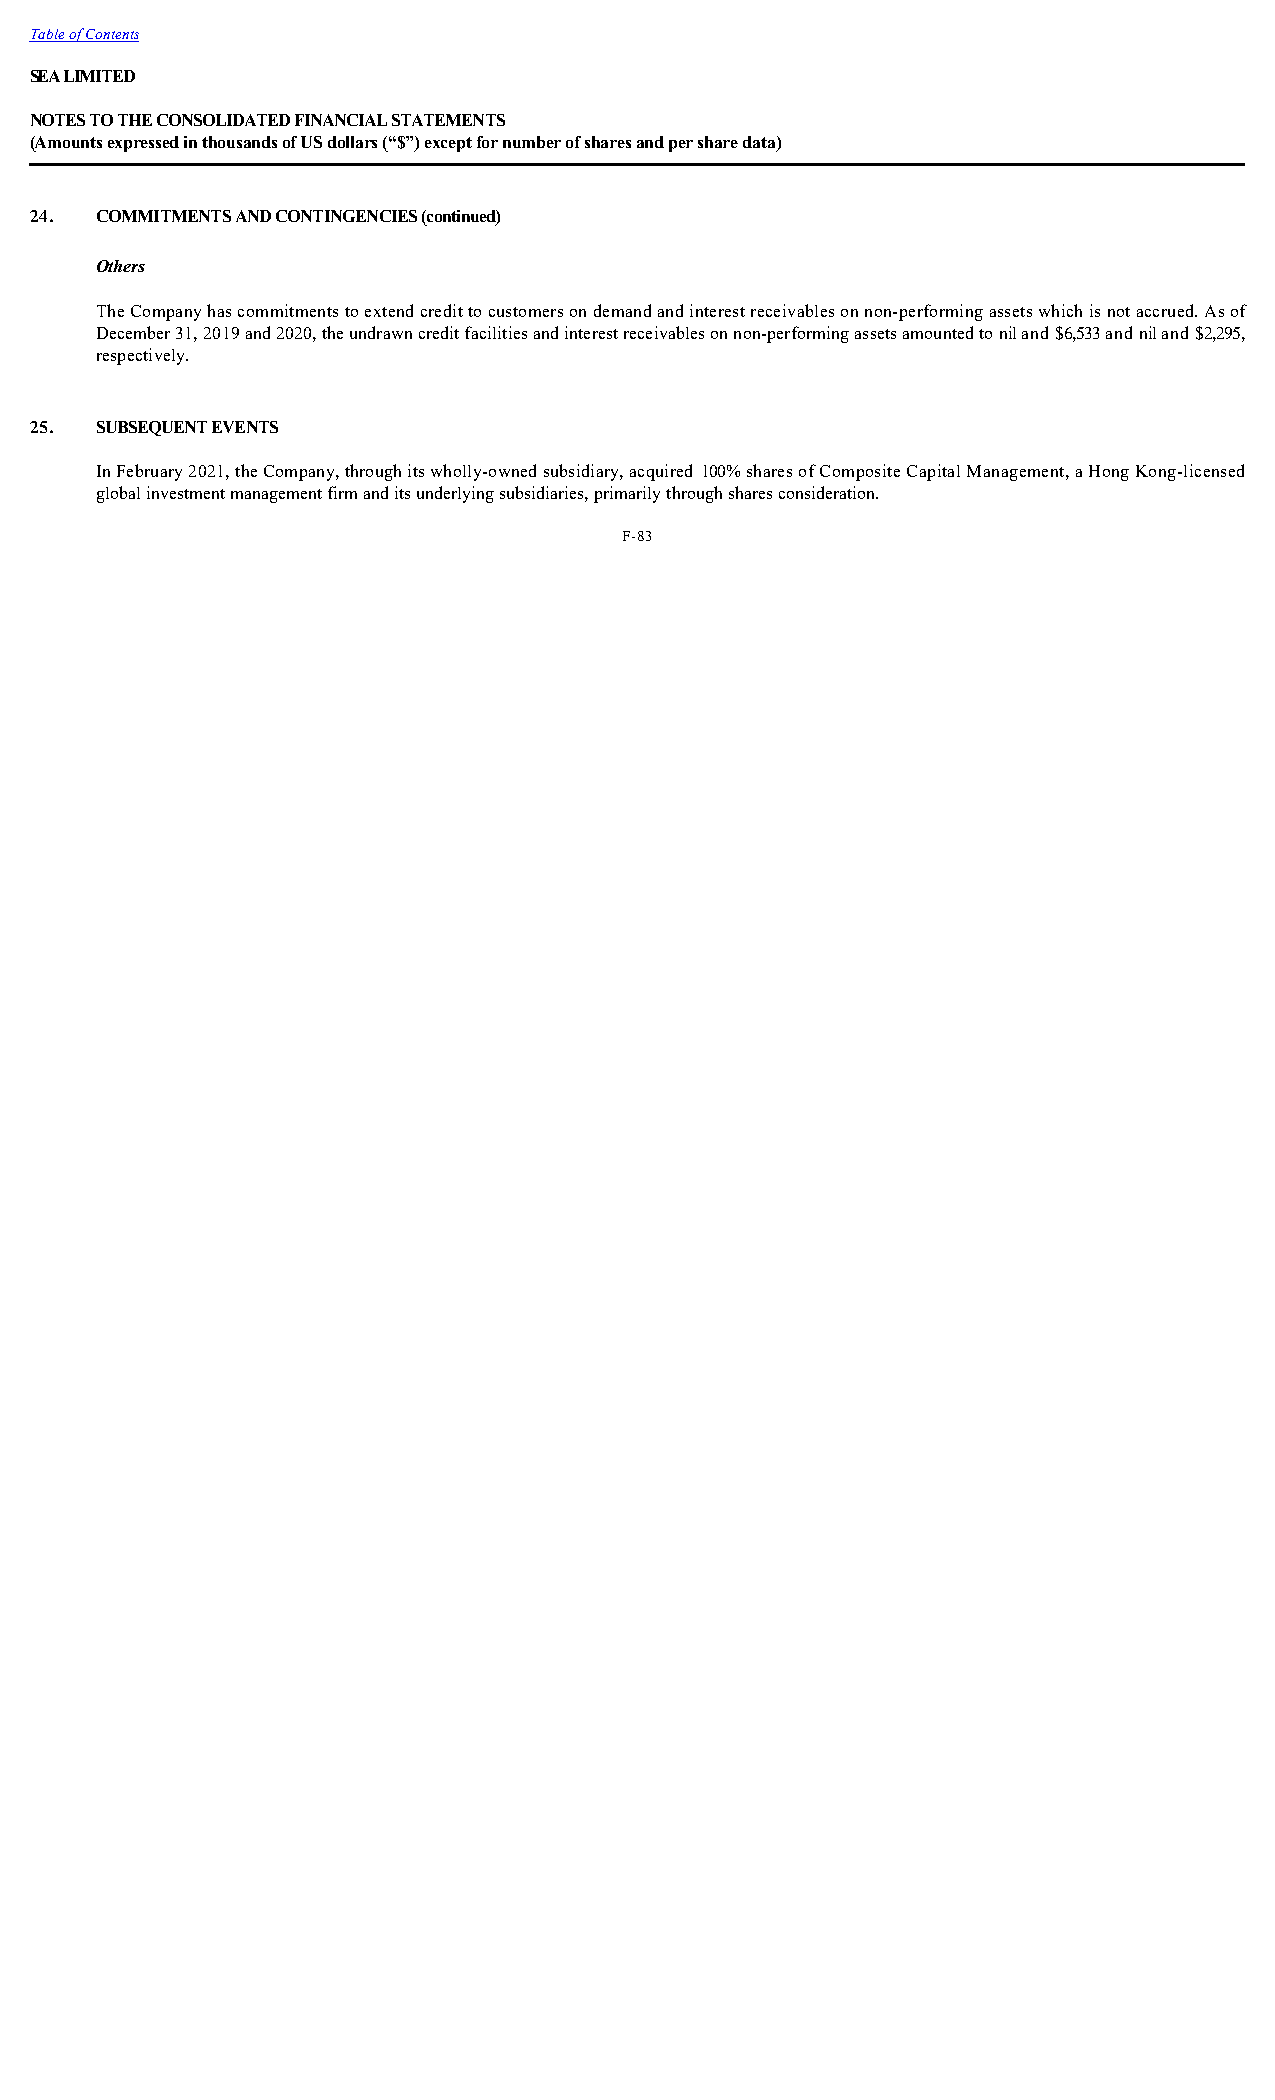
Table of Contents
 SEA LIMITED
 NOTES TO THE CONSOLIDATED FINANCIAL STATEMENTS
 (Amounts expressed in thousands of US dollars (“$”) except for number of shares and per share data)
 24. COMMITMENTS AND CONTINGENCIES (continued)
 Others
 The Company has commitments to extend credit to customers on demand and interest receivables on non-performing assets which is not accrued. As of
 December 31, 2019 and 2020, the undrawn credit facilities and interest receivables on non-performing assets amounted to nil and $6,533 and nil and $2,295,
 respectively.
 25. SUBSEQUENT EVENTS
 In February 2021, the Company, through its wholly-owned subsidiary, acquired 100% shares of Composite Capital Management, a Hong Kong-licensed
 global investment management firm and its underlying subsidiaries, primarily through shares consideration.
 F-83